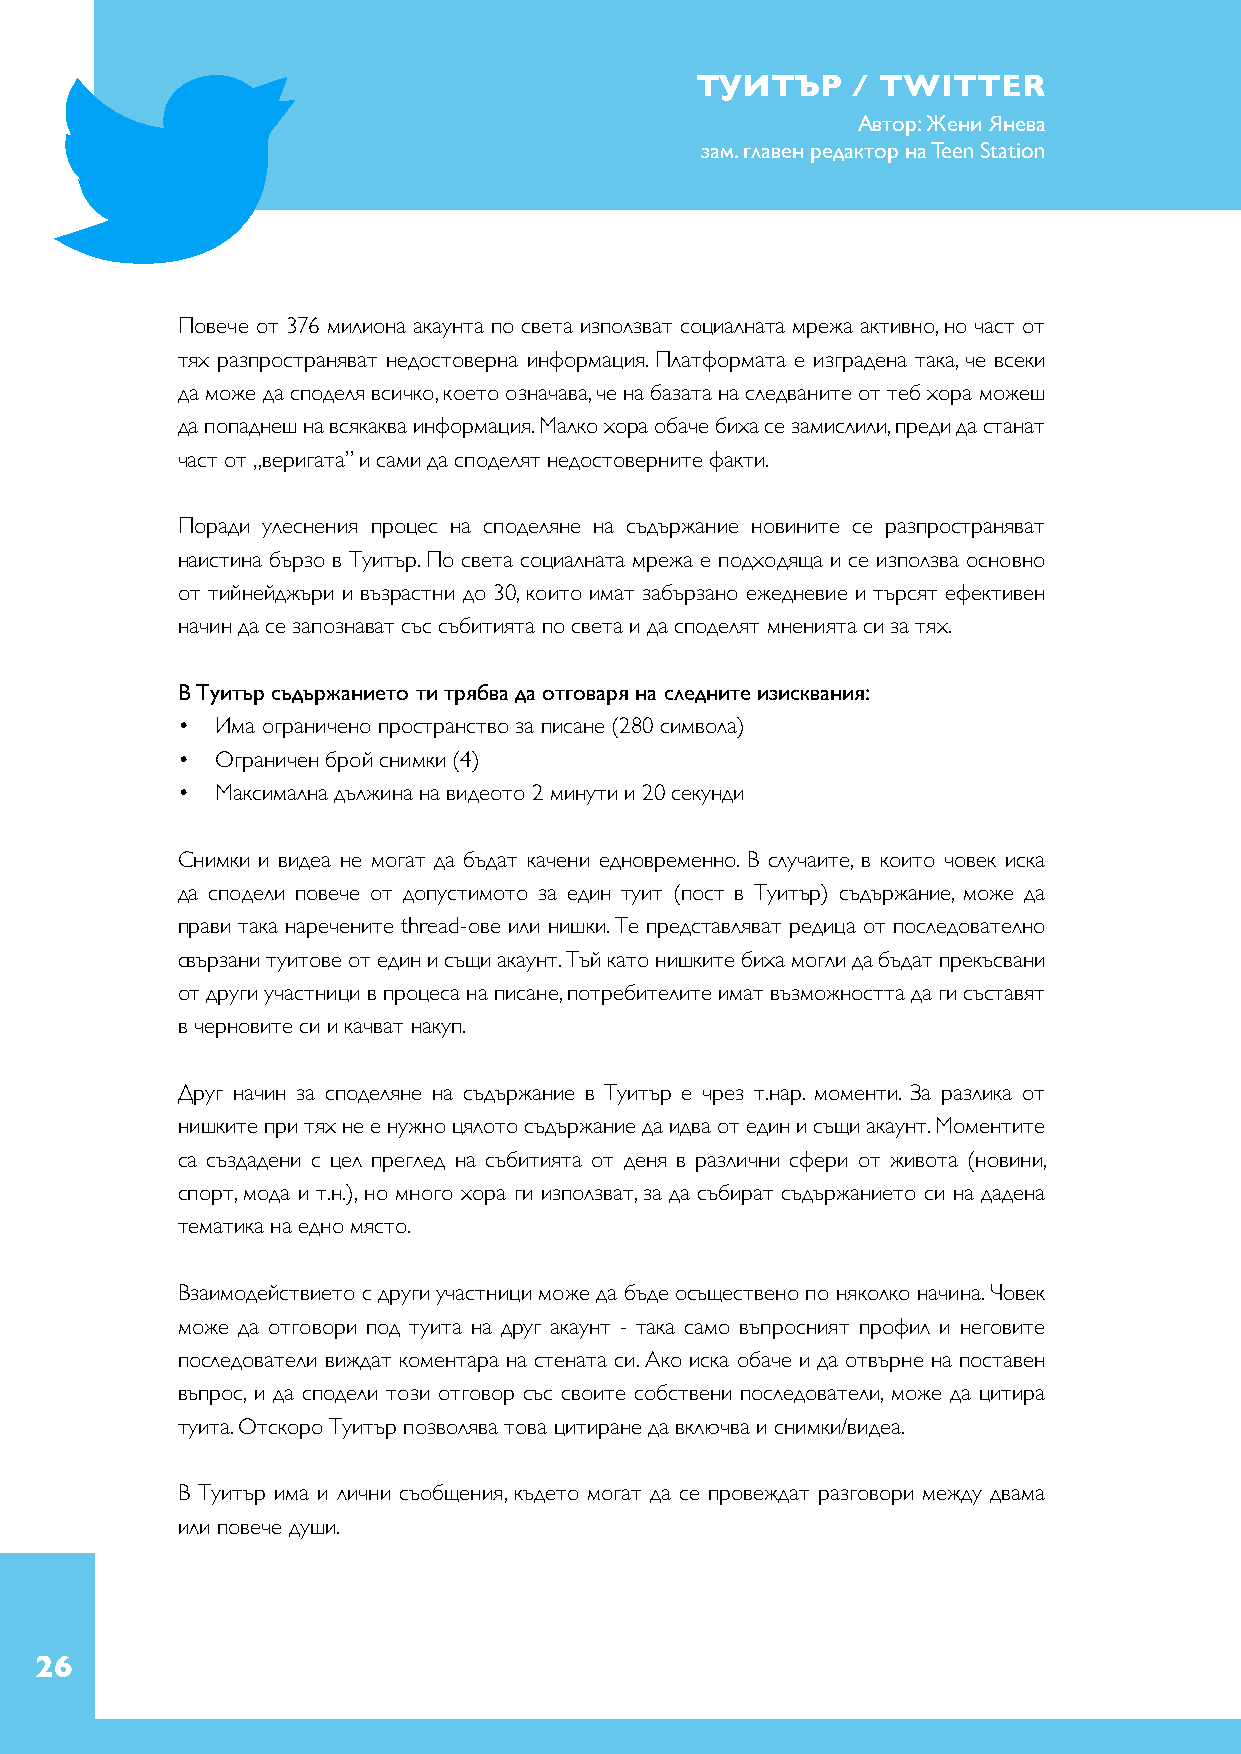
ТУИТЪР    / TWITTER
 Автор: Жени Янева
 зам. главен редактор на Teen Station
 Повече от 376 милиона акаунта по света използват социалната мрежа активно, но част от
 тях разпространяват недостоверна информация. Платформата е изградена така, че всеки
 да може да споделя всичко, което означава, че на базата на следваните от теб хора можеш
 да попаднеш на всякаква информация. Малко хора обаче биха се замислили, преди да станат
 част от „веригата” и сами да споделят недостоверните факти.
 Поради улеснения процес на споделяне на съдържание новините се разпространяват
 наистина бързо в Туитър. По света социалната мрежа е подходяща и се използва основно
 от тийнейджъри и възрастни до 30, които имат забързано ежедневие и търсят ефективен
 начин да се запознават със събитията по света и да споделят мненията си за тях.
 В Туитър съдържанието ти трябва да отговаря на следните изисквания:
 • Има ограничено пространство за писане (280 символа)
 • Ограничен брой снимки (4)
 • Максимална дължина на видеото 2 минути и 20 секунди
 Снимки и видеа не могат да бъдат качени едновременно. В случаите, в които човек иска
 да сподели повече от допустимото за един туит (пост в Туитър) съдържание, може да
 прави така наречените thread-ове или нишки. Те представляват редица от последователно
 свързани туитове от един и същи акаунт. Тъй като нишките биха могли да бъдат прекъсвани
 от други участници в процеса на писане, потребителите имат възможността да ги съставят
 в черновите си и качват накуп.
 Друг начин за споделяне на съдържание в Туитър е чрез т.нар. моменти. За разлика от
 нишките при тях не е нужно цялото съдържание да идва от един и същи акаунт. Моментите
 са създадени с цел преглед на събитията от деня в различни сфери от живота (новини,
 спорт, мода и т.н.), но много хора ги използват, за да събират съдържанието си на дадена
 тематика на едно място.
 Взаимодействието с други участници може да бъде осъществено по няколко начина. Човек
 може да отговори под туита на друг акаунт - така само въпросният профил и неговите
 последователи виждат коментара на стената си. Ако иска обаче и да отвърне на поставен
 въпрос, и да сподели този отговор със своите собствени последователи, може да цитира
 туита. Отскоро Туитър позволява това цитиране да включва и снимки/видеа.
 В Туитър има и лични съобщения, където могат да се провеждат разговори между двама
 или повече души.
 26